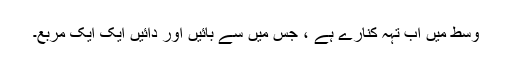
وسط میں اب تہہ کنارے ہے ، جس میں سے بائیں اور دائیں ایک ایک مربع۔